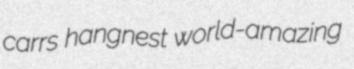
carrs hangnest world-amazing